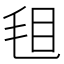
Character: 𣭒